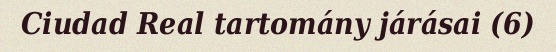
Ciudad Real tartomány járásai (6)